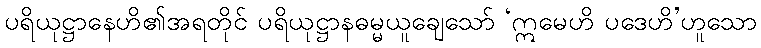
ပရိယုဋ္ဌာနေဟိ၏အရတိုင် ပရိယုဋ္ဌာနဓမ္မယူချေသော် ‘ဣမေဟိ ပဒေဟိ’ဟူသော